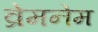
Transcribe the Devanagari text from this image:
व्रेमनेम